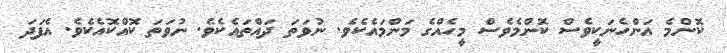
ކޮންމެ އަންހެނަކީވެސް ކޮންމެވެސް މީހެއްގެ މަންމައެކެވެ. ނުވަތަ ދައްތައެކެވެ. ނުވަތަ ކޮއްކޮއެކެވެ. އެފަދަ